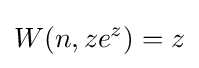
W(n,ze^{z})=z